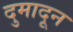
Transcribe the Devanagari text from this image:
दुमादून